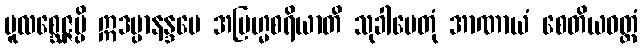
မူလစ္ဆေဇ္ဇမ္ပိ ဣဒမ္ပာနန္ဒပေ အဗြဟ္မစရိယာတိ သုခါပေတုံ အာဏာယံ စေတိယဝတ္တံ